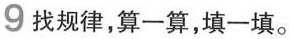
9 找规律，算一算，填一填。